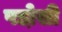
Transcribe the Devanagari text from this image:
पडो़सी